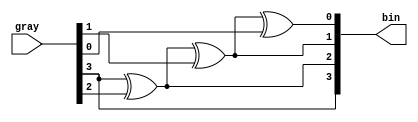
module gray2bin(
		input [3:0]gray,
		output [3:0]bin
		);


// Gray to Binary Converter	
assign bin[3] = gray[3];
assign bin[2] = bin[3] ^ gray[2];
assign bin[1] = bin[2] ^ gray[1];
assign bin[0] = bin[1] ^ gray[0];

endmodule